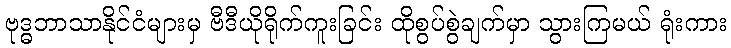
ဗုဒ္ဓဘာသာနိုင်ငံများမှ ဗီဒီယိုရိုက်ကူးခြင်း ထိုစွပ်စွဲချက်မှာ သွားကြမယ် ရုံးကား